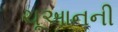
ચૂઆનની